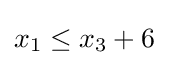
x_{1}\leq x_{3}+6